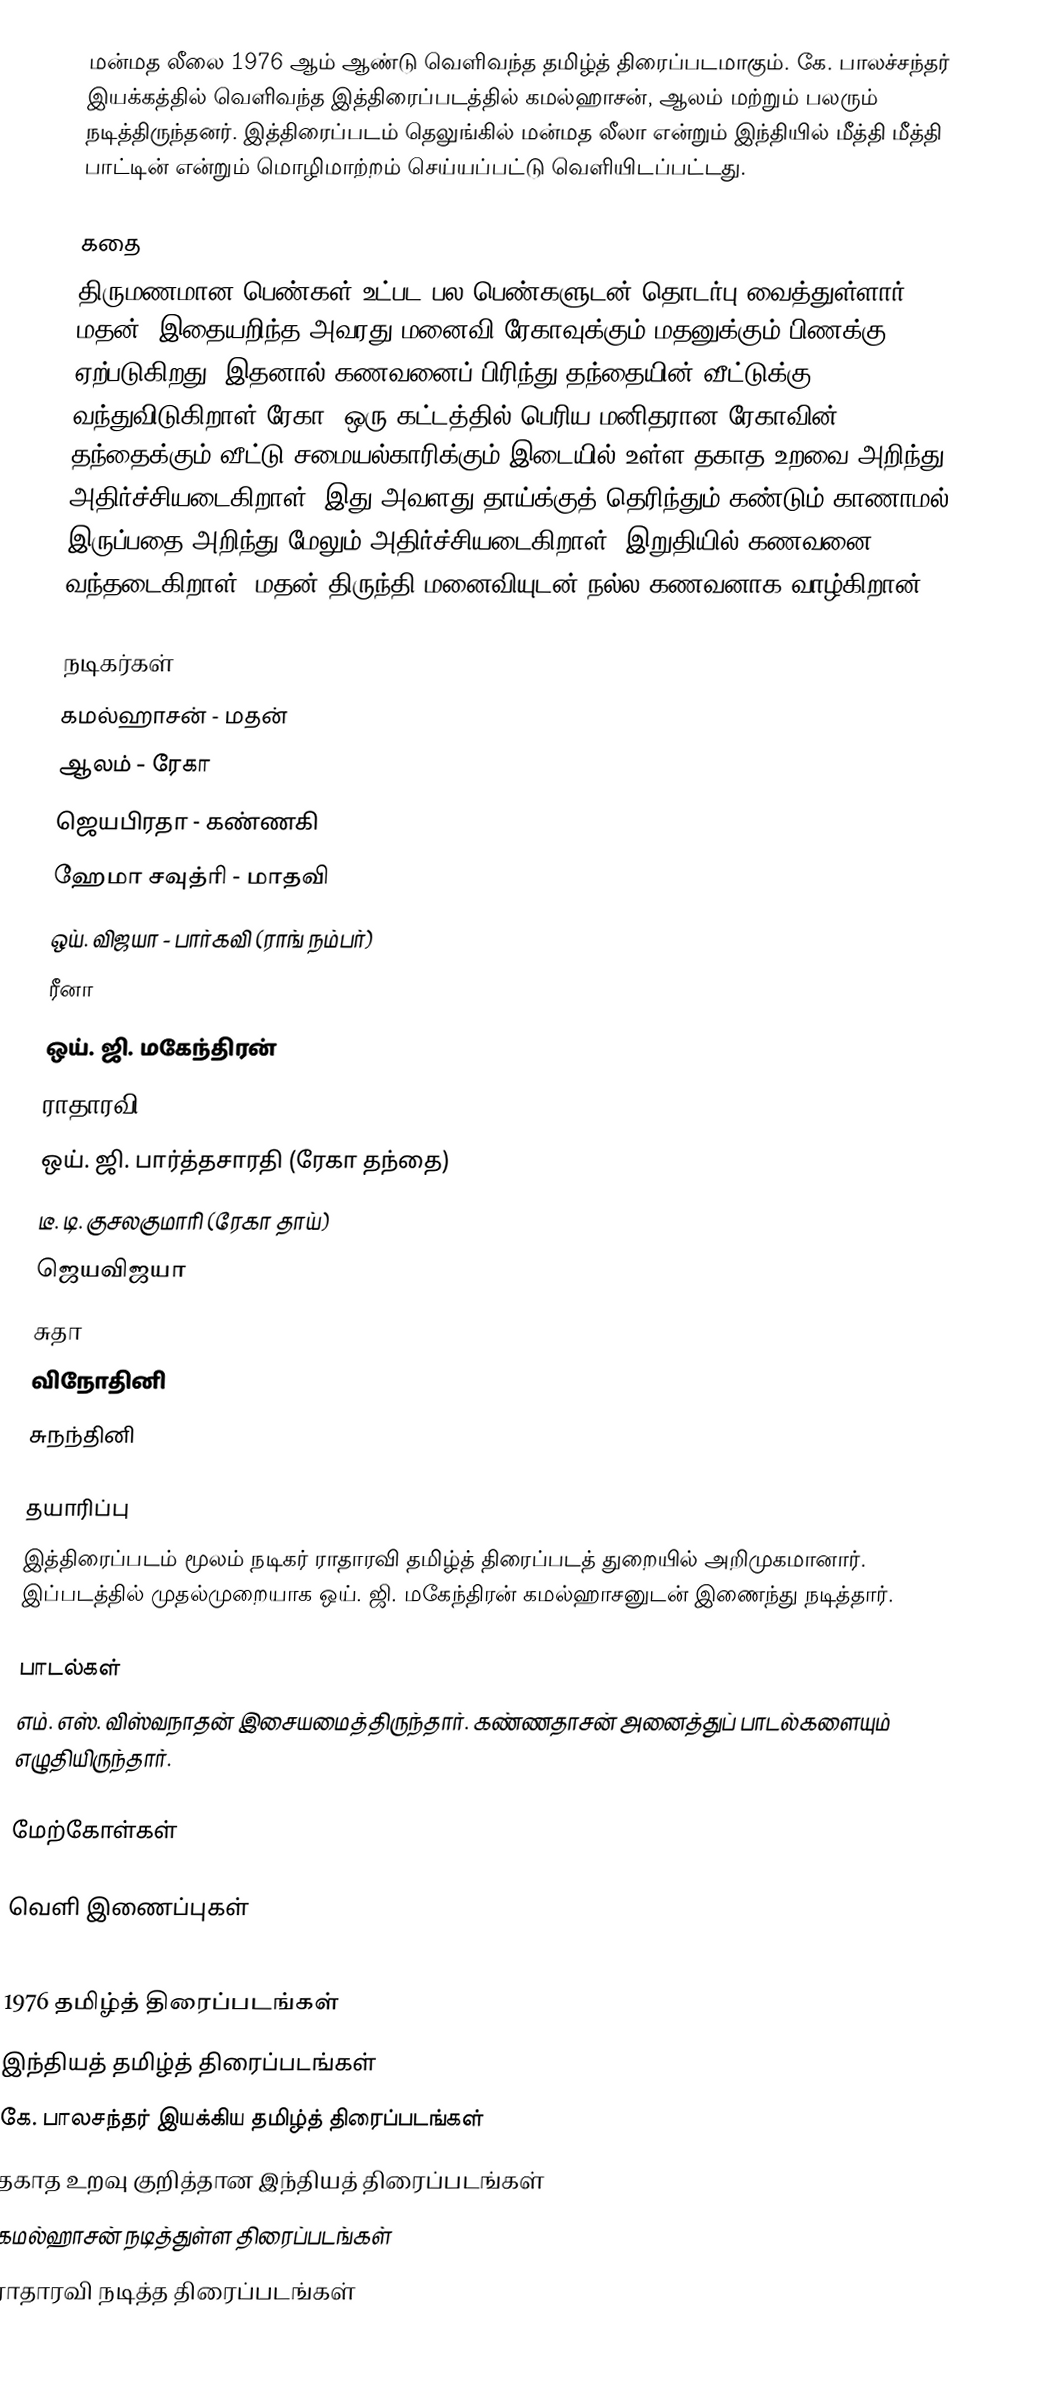
மன்மத லீலை 1976 ஆம் ஆண்டு வெளிவந்த தமிழ்த் திரைப்படமாகும். கே. பாலச்சந்தர் இயக்கத்தில் வெளிவந்த இத்திரைப்படத்தில் கமல்ஹாசன், ஆலம் மற்றும் பலரும் நடித்திருந்தனர். இத்திரைப்படம் தெலுங்கில் மன்மத லீலா என்றும் இந்தியில் மீத்தி மீத்தி பாட்டின் என்றும் மொழிமாற்றம் செய்யப்பட்டு வெளியிடப்பட்டது.

கதை
திருமணமான பெண்கள் உட்பட பல பெண்களுடன் தொடர்பு வைத்துள்ளார் மதன். இதையறிந்த அவரது மனைவி ரேகாவுக்கும் மதனுக்கும் பிணக்கு ஏற்படுகிறது. இதனால் கணவனைப் பிரிந்து தந்தையின் வீட்டுக்கு வந்துவிடுகிறாள் ரேகா. ஒரு கட்டத்தில் பெரிய மனிதரான ரேகாவின் தந்தைக்கும் வீட்டு சமையல்காரிக்கும் இடையில் உள்ள தகாத உறவை அறிந்து அதிர்ச்சியடைகிறாள். இது அவளது தாய்க்குத் தெரிந்தும் கண்டும் காணாமல் இருப்பதை அறிந்து மேலும் அதிர்ச்சியடைகிறாள். இறுதியில் கணவனை வந்தடைகிறாள். மதன் திருந்தி மனைவியுடன் நல்ல கணவனாக வாழ்கிறான்.

நடிகர்கள்
 கமல்ஹாசன் - மதன்
 ஆலம் - ரேகா
 ஜெயபிரதா - கண்ணகி
 ஹேமா சவுத்ரி - மாதவி
 ஒய். விஜயா - பார்கவி (ராங் நம்பர்)
 ரீனா
 ஒய். ஜி. மகேந்திரன்
 ராதாரவி
 ஒய். ஜி. பார்த்தசாரதி (ரேகா தந்தை)
 டீ. டி. குசலகுமாரி (ரேகா தாய்)
 ஜெயவிஜயா
 சுதா
 விநோதினி
 சுநந்தினி

தயாரிப்பு
இத்திரைப்படம் மூலம் நடிகர் ராதாரவி தமிழ்த் திரைப்படத் துறையில் அறிமுகமானார். இப்படத்தில் முதல்முறையாக ஒய். ஜி. மகேந்திரன் கமல்ஹாசனுடன் இணைந்து நடித்தார்.

பாடல்கள்
எம். எஸ். விஸ்வநாதன் இசையமைத்திருந்தார். கண்ணதாசன் அனைத்துப் பாடல்களையும் எழுதியிருந்தார்.

மேற்கோள்கள்

வெளி இணைப்புகள்

1976 தமிழ்த் திரைப்படங்கள்
இந்தியத் தமிழ்த் திரைப்படங்கள்
கே. பாலசந்தர் இயக்கிய தமிழ்த் திரைப்படங்கள்
தகாத உறவு குறித்தான இந்தியத் திரைப்படங்கள்
கமல்ஹாசன் நடித்துள்ள திரைப்படங்கள்
ராதாரவி நடித்த திரைப்படங்கள்